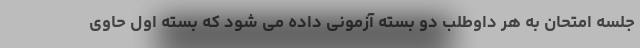
جلسه امتحان به هر داوطلب دو بسته آزمونی داده می شود که بسته اول حاوی